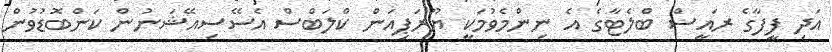
އަދި ފީފާގެ ރައީސް ބްލެޓާގެ އެ ނިންމެވުމަކީ ޔޫރަޕިއަން ކްލަބްސް އެސޭސިއޭޝަނުން ކަންބޮޑުވުން